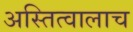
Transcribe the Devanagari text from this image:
अस्तित्वालाच